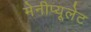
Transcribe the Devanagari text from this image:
मेनीप्यूलेट